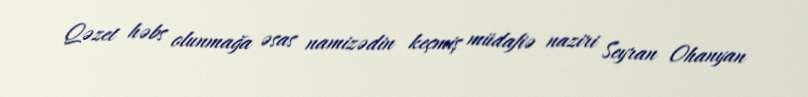
Qəzet həbs olunmağa əsas namizədin keçmiş müdafiə naziri Seyran Ohanyan